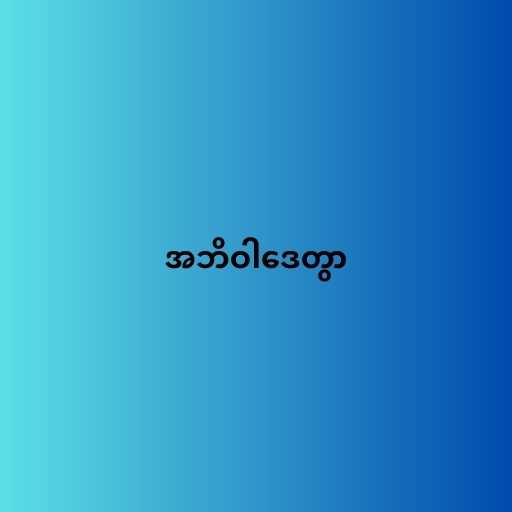
အဘိဝါဒေတွာ